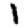
Digit: 1